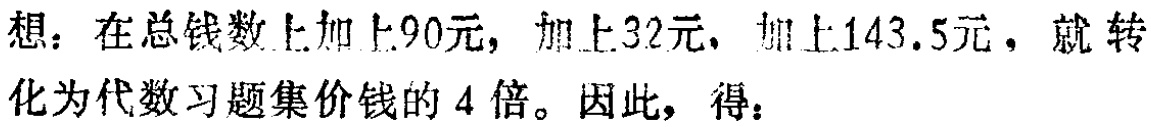
想：在总钱数上加上\(90\)元，加上\(32\)元，加上\(143.5\)元，就转化为代数习题集价钱的 \(4\)倍。因此，得：